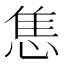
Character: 𢛧